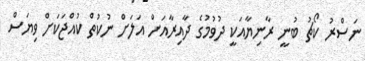
ނަސްރު ކޯޗު ބުނީ ރާނިޔާއަކީ ދުވުމުގެ ދާއިރާއަށް އަލަށް ނުކުތް ކުއްޖަކަށް ވިޔަސް